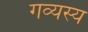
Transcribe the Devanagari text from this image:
गव्यस्य